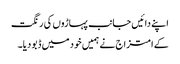
اپنے دائیں جانب پہاڑوں کی رنگت
کے امتزاج نے ہمیں خود میں ڈبو دیا۔